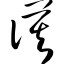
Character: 谟